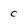
Character: C